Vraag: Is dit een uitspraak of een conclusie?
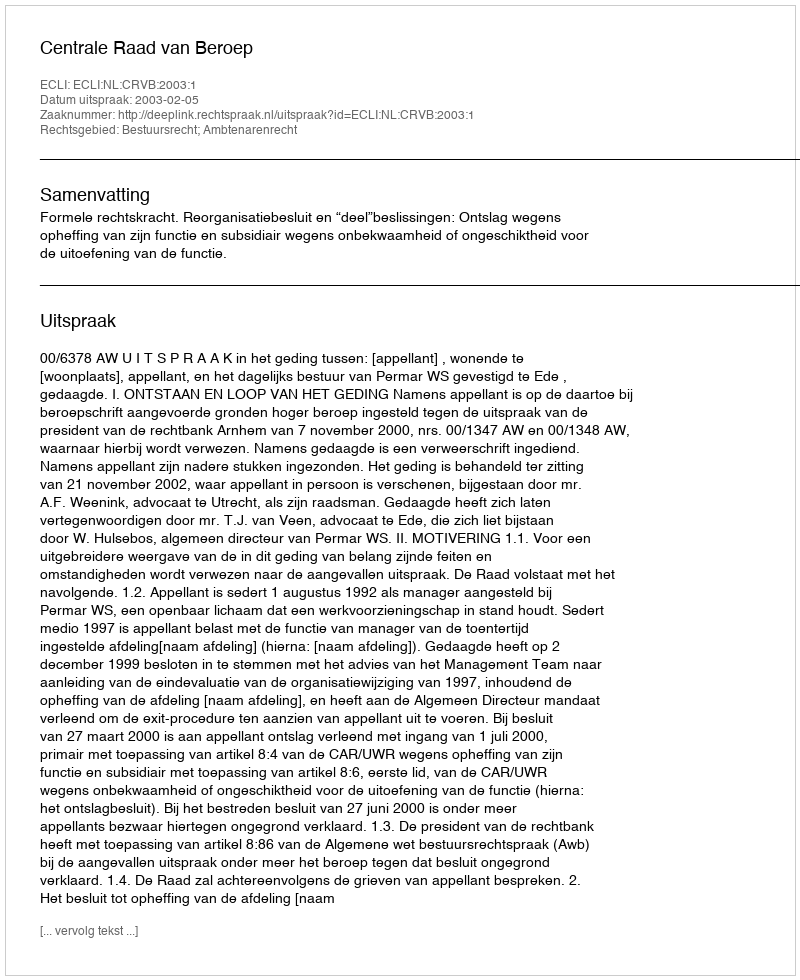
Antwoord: Uitspraak